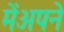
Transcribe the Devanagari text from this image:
मेंअपने